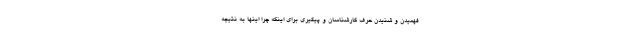
فهمیدن و شنیدن حرف کارشناسان و پیگیری برای اینکه چرا اینها به نتیجه